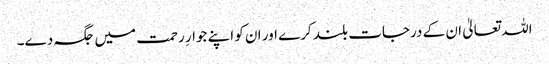
اللہ تعالیٰ ان کے درجات بلند کرے اور ان کو اپنے جوارِ رحمت میں جگہ دے۔